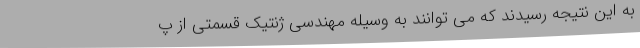
به این نتیجه رسیدند که می توانند به وسیله مهندسی ژنتیک قسمتی از پ